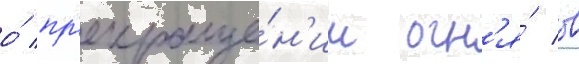
о́ пр'екраще́н'ии огн'я́ в